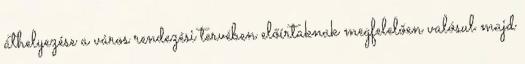
áthelyezése a város rendezési tervében előírtaknak megfelelően valósul majd